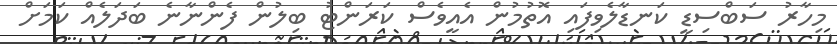
މިހާރު ސަބްސިޑީ ކަނޑާލެވިފައި އޮތުމުން އެއީވެސް ކަރަންޓު ބިލުން ފެންނާނެ ބަދަލެއް ކަަމަށް